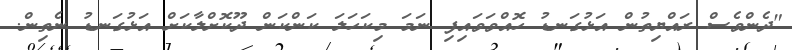
"ދެންވެސް ރައްޔިތުން އަޅުގަނޑު ހޮއްވަވައިފި ނަމަ މިކަހަލަ ކަންކަން ދޫކޮށްލާކަށް އަޅުގަނޑު ނެތިން.